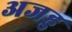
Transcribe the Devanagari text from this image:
अजहु